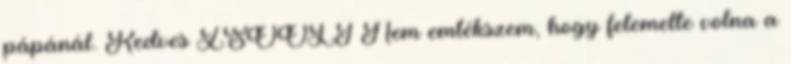
pápánál. Kedves ZSOOLT Nem emlékszem, hogy felemelte volna a